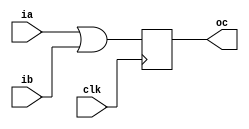
module tri_assignments_homework(
    input   wire        clk,
    input   wire        ia,
    input   wire        ib,
    output  reg         oc
);

always @(posedge clk)begin
    oc <= ia | ib;
end

endmodule